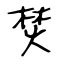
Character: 焚